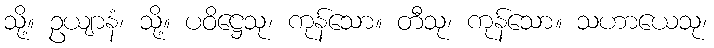
သို့။ ဥယျာနံ၊ သို့။ ပဝိဋ္ဌေသု၊ ကုန်သော။ တီသု၊ ကုန်သော။ သဟာယေသု၊